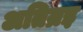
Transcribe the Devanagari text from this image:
अतिन्रइ